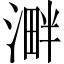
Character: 溿